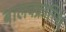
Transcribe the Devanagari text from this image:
बालवक्रास्थि